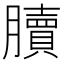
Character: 𦢌